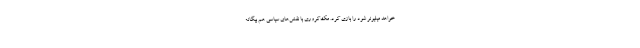
‌خواهد میلیونر شود را بازی کرد. مک‌کروری با نقش‌های سیاسی هم بیگانه